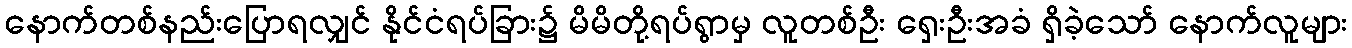
နောက်တစ်နည်းပြောရလျှင် နိုင်ငံရပ်ခြား၌ မိမိတို့ရပ်ရွာမှ လူတစ်ဦး ရှေးဦးအခံ ရှိခဲ့သော် နောက်လူများ